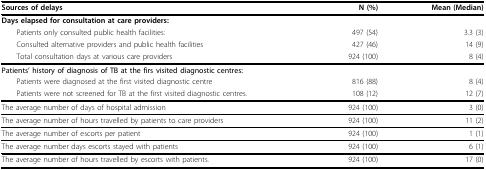
| Sources of delays | N (%) | Mean (Median) |
 | --- | --- | --- |
 | Days elapsed for consultation at care providers: |  |  |
 | Patients only consulted public health facilities: | 497 (54) | 3.3 (3) |
 | Consulted alternative providers and public health facilities | 427 (46) | 14 (9) |
 | Total consultation days at various care providers | 924 (100) | 8 (4) |
 | Patients' history of diagnosis of TB at the firs visited diagnostic centres: |  |  |
 | Patients were diagnosed at the first visited diagnostic centre | 816 (88) | 8 (4) |
 | Patients were not screened for TB at the first visited diagnostic centres. | 108 (12) | 12 (7) |
 | The average number of days of hospital admission | 924 (100) | 3 (0) |
 | The average number of hours travelled by patients to care providers | 924 (100) | 11 (2) |
 | The average number of escorts per patient | 924 (100) | 1 (1) |
 | The average number days escorts stayed with patients | 924 (100) | 6 (1) |
 | The average number of hours travelled by escorts with patients. | 924 (100) | 17 (0) |